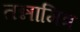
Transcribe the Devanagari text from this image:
तन्नामित्र